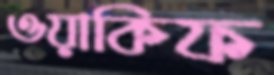
ওয়াকিফ